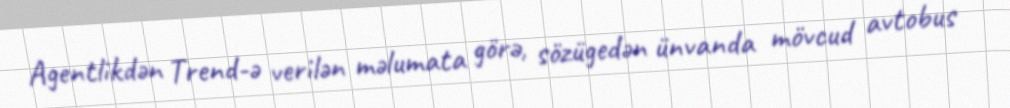
Agentlikdən Trend-ə verilən məlumata görə, sözügedən ünvanda mövcud avtobus